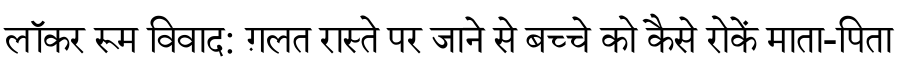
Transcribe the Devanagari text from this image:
लॉकर रूम विवाद: ग़लत रास्ते पर जाने से बच्चे को कैसे रोकें माता-पिता